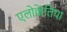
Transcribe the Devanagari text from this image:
एलोक्वेंतिया